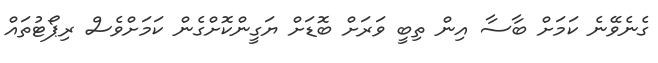
ގެނެވޭނެ ކަމަށް ބާސާ އިން ތިބީ ވަރަށް ބޮޑަށް ޔަގީންކޮށްގެން ކަމަށްވެސް ރިޕޯޓުތައް